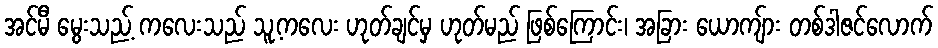
အင်မီ မွေးသည့် ကလေးသည် သူ့ကလေး ဟုတ်ချင်မှ ဟုတ်မည် ဖြစ်ကြောင်း၊ အခြား ယောကျ်ား တစ်ဒါဇင်လောက်